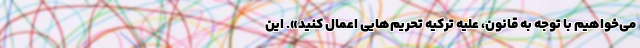
می‌خواهیم با توجه به قانون، علیه ترکیه تحریم‌هایی اعمال کنید». این